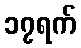
၁၇ရက်